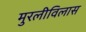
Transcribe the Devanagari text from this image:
मुरलीविलास